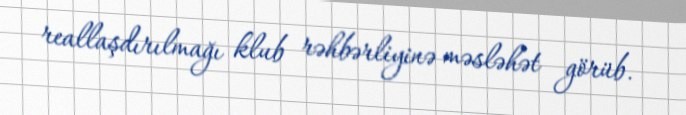
reallaşdırılmağı klub rəhbərliyinə məsləhət görüb.